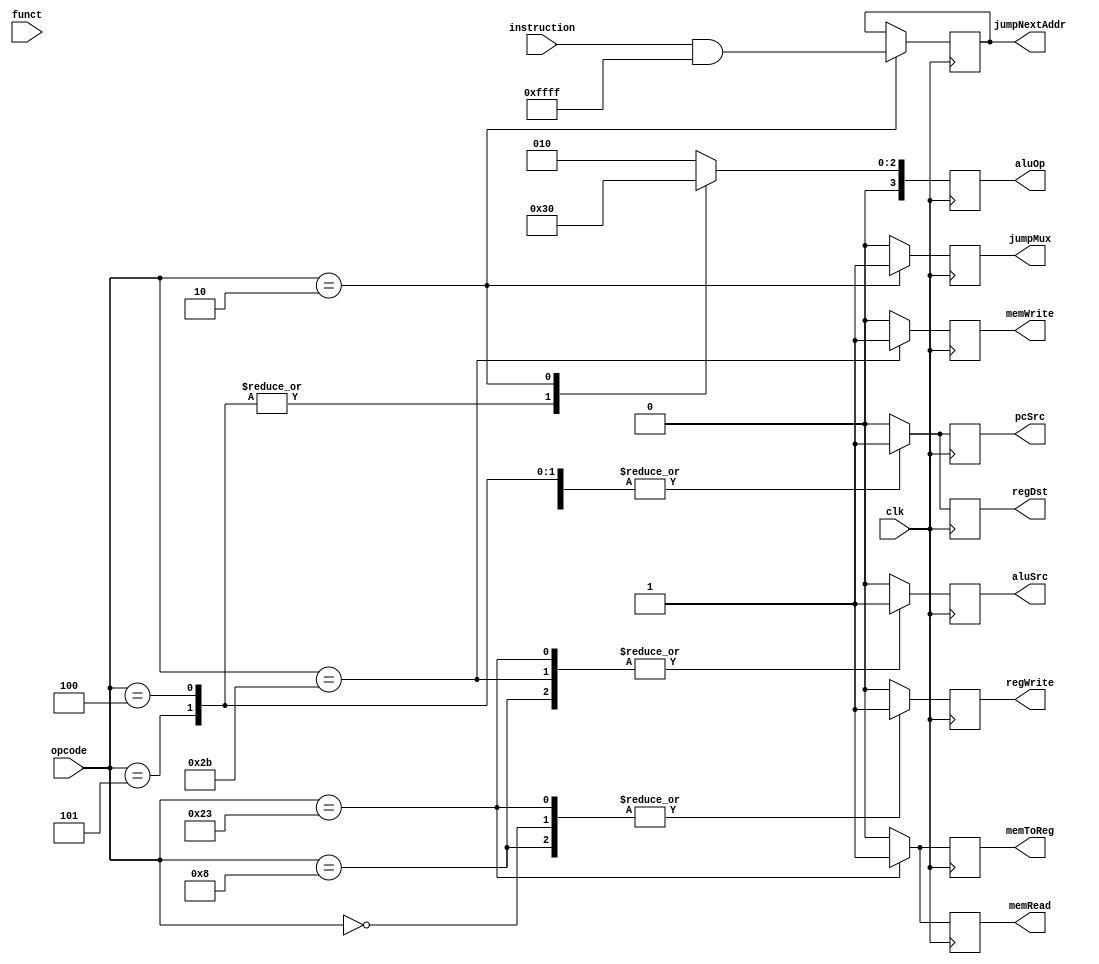


module controls(clk, opcode, funct, regDst, regWrite, aluSrc, pcSrc, memRead, memWrite, memToReg, aluOp, jumpNextAddr, jumpMux, instruction);
	input clk;
	input [5:0] opcode;
	input [5:0] funct;
	output reg regDst, regWrite, aluSrc, pcSrc, memRead, memWrite, memToReg;
	output reg [3:0] aluOp;
	output reg jumpMux;
	output reg [31:0] jumpNextAddr;
	input [31:0] instruction;

	// Opcodes
		// ADD  	0x00  	0x20 (Funct)    Ex: 0b[000000][ $rs ][ $rt ][ $rd ][00000][100000]
		// ADDI 	0x08  	 				Ex: 0b[001000][ $zero ] [ $dest ] [ signextimm ]
		// LW 		0x23  					Ex: 0b[100011][ $zero ] [ $dest ] [  offset  ]
		// SW 		0x2B  					Ex: 0b[101011][ $zero ] [ $src ] [ offset ]
		// BEQ 		0x04  					Ex: 0b[000100][$rs][$rt][ instrAddrOffset-1 ]
		// BNE 		0x05  					Ex: 0b[000101][$rs][$rt][ instrAddrOffset-1 ]
		// JMP 		0x02  					Ex: 0b[000010][ instrAddr  ]


	// Controls
		// Signal Name			Effect When Deasserted 			Effect When Assert

		// RegDst 				RgDst comes from rt field 		RgDst comes from rd field
		// RegWrite 			None 							writeData input written to Write register
		// ALUSrc 				2nd ALU src from RegData2 		2nd ALU src from SignExtend
		// PCSrc 				PC input from adder+4 			PC input from adder, branch target
		// MemRead 				None 							Data Read from Memory
		// MemWrite 			None							Data Written to Memory
		// MemToReg 			RegWriteData comes from ALU 	RegWriteData comes from Memory

	// ALU OP
		// OpCode 		ALUOp 		Funct Field  	ALU Action 			ALU Control Input
		
		// LW 			00 			XXXXXX			add 				0010
		// SW 			00 			XXXXXX			add 				0010
		// Br Eq 		01  		XXXXXX			subtract 			0110
		// R-Type 		10 			100000			add 				0010
		// R-Type 		10 			100010 			subtract 			0110
		// R-Type 		10 			100100 			AND 				0000
		// R-Type		10 			100101 			OR 					0001
		// R-Type 		10 			101010 			set on less than 	0111

	always @ (posedge clk) 
	begin
		#20
		case(opcode)
			6'h00 : // ADD
				begin
					regDst = 1'b1; // RgDst comes from rt field 		RgDst comes from rd field
					regWrite = 1'b1; // None 							writeData input written to Write register
					aluSrc = 1'b0; // 2nd ALU src from RegData2 		2nd ALU src from SignExtend
					pcSrc = 1'b1; // PC input from adder+4 			PC input from adder, branch target
					memRead = 1'b0; // None 							Data Read from Memory
					memWrite = 1'b0; // None							Data Written to Memory
					memToReg = 1'b0; // RegWriteData comes from ALU 	RegWriteData comes from Memory
					aluOp = 4'b0010; // 
					jumpMux = 1'b0;
					$display("CNTL: ADD: regDst: %h, regWrite: %h, aluSrc: %h, pcSrc: %h, memRead: %h, memWrite: %h, memToReg: %h, aluOp: %h", regDst, regWrite, aluSrc, pcSrc, memRead, memWrite, memToReg, aluOp);
				end
			6'h08 : // ADDI
				begin
					regDst = 1'b0; // RgDst comes from rt field 		RgDst comes from rd field
					regWrite = 1'b1; // None 							writeData input written to Write register
					aluSrc = 1'b1; // 2nd ALU src from RegData2 		2nd ALU src from SignExtend
					pcSrc = 1'b0; // PC input from adder+4 			PC input from adder, branch target
					memRead = 1'b0; // None 							Data Read from Memory
					memWrite = 1'b0; // None							Data Written to Memory
					memToReg = 1'b0; // RegWriteData comes from ALU 	RegWriteData comes from Memory
					aluOp = 4'b0010; // 
					jumpMux = 1'b0;
					$display("CNTL: ADDI: regDst: %h, regWrite: %h, aluSrc: %h, pcSrc: %h, memRead: %h, memWrite: %h, memToReg: %h, aluOp: %h", regDst, regWrite, aluSrc, pcSrc, memRead, memWrite, memToReg, aluOp);
				end

			6'h23 : // LW
				begin
					regDst = 1'b0; // RgDst comes from rt field 		RgDst comes from rd field
					regWrite = 1'b1; // None 							writeData input written to Write register
					aluSrc = 1'b1; // 2nd ALU src from RegData2 		2nd ALU src from SignExtend
					pcSrc = 1'b0; // PC input from adder+4 			PC input from adder, branch target
					memRead = 1'b1; // None 							Data Read from Memory
					memWrite = 1'b0; // None							Data Written to Memory
					memToReg = 1'b1; // RegWriteData comes from ALU 	RegWriteData comes from Memory
					aluOp = 4'b0010; // 
					jumpMux = 1'b0;
					$display("CNTL: LW: regDst: %h, regWrite: %h, aluSrc: %h, pcSrc: %h, memRead: %h, memWrite: %h, memToReg: %h, aluOp: %h", regDst, regWrite, aluSrc, pcSrc, memRead, memWrite, memToReg, aluOp);
				end

			6'h2B : // SW
				begin
					regDst = 1'b0; // RgDst comes from rt field 		RgDst comes from rd field
					regWrite = 1'b0; // None 							writeData input written to Write register
					aluSrc = 1'b1; // 2nd ALU src from RegData2 		2nd ALU src from SignExtend
					pcSrc = 1'b0; // PC input from adder+4 			PC input from adder, branch target
					memRead = 1'b0; // None 							Data Read from Memory
					memWrite = 1'b1; // None							Data Written to Memory
					memToReg = 1'b0; // RegWriteData comes from ALU 	RegWriteData comes from Memory
					aluOp = 4'b0010; // 
					jumpMux = 1'b0;
					$display("CNTL: SW: regDst: %h, regWrite: %h, aluSrc: %h, pcSrc: %h, memRead: %h, memWrite: %h, memToReg: %h, aluOp: %h", regDst, regWrite, aluSrc, pcSrc, memRead, memWrite, memToReg, aluOp);
				end

			6'h04 : // BEQ
				begin
					regDst = 1'b1; // RgDst comes from rt field 		RgDst comes from rd field
					regWrite = 1'b0; // None 							writeData input written to Write register
					aluSrc = 1'b0; // 2nd ALU src from RegData2 		2nd ALU src from SignExtend
					pcSrc = 1'b1; // PC input from adder+4 			PC input from adder, branch target
					memRead = 1'b0; // None 							Data Read from Memory
					memWrite = 1'b0; // None							Data Written to Memory
					memToReg = 1'b0; // RegWriteData comes from ALU 	RegWriteData comes from Memory
					aluOp = 4'b0110; // 
					jumpMux = 1'b0;
					$display("CNTL: BEQ: regDst: %h, regWrite: %h, aluSrc: %h, pcSrc: %h, memRead: %h, memWrite: %h, memToReg: %h, aluOp: %h", regDst, regWrite, aluSrc, pcSrc, memRead, memWrite, memToReg, aluOp);
				end

			6'h05 : // BNE
				begin
					regDst = 1'b1; // RgDst comes from rt field 		RgDst comes from rd field
					regWrite = 1'b0; // None 							writeData input written to Write register
					aluSrc = 1'b0; // 2nd ALU src from RegData2 		2nd ALU src from SignExtend
					pcSrc = 1'b1; // PC input from adder+4 			PC input from adder, branch target
					memRead = 1'b0; // None 							Data Read from Memory
					memWrite = 1'b0; // None							Data Written to Memory
					memToReg = 1'b0; // RegWriteData comes from ALU 	RegWriteData comes from Memory
					aluOp = 4'b0110; // 
					jumpMux = 1'b0;
					$display("CNTL: BNE: regDst: %h, regWrite: %h, aluSrc: %h, pcSrc: %h, memRead: %h, memWrite: %h, memToReg: %h, aluOp: %h", regDst, regWrite, aluSrc, pcSrc, memRead, memWrite, memToReg, aluOp);
				end

			6'h02 : // JMP
				begin
					regDst = 1'b0; // RgDst comes from rt field 		RgDst comes from rd field
					regWrite = 1'b0; // None 							writeData input written to Write register
					aluSrc = 1'b0; // 2nd ALU src from RegData2 		2nd ALU src from SignExtend
					pcSrc = 1'b0; // PC input from adder+4 			PC input from adder, branch target
					memRead = 1'b0; // None 							Data Read from Memory
					memWrite = 1'b0; // None							Data Written to Memory
					memToReg = 1'b0; // RegWriteData comes from ALU 	RegWriteData comes from Memory
					aluOp = 4'b0000; //
					jumpMux = 1'b1;
					jumpNextAddr = (instruction & 32'h0000FFFF);
					$display("CNTL: JMP: regDst: %h, regWrite: %h, aluSrc: %h, pcSrc: %h, memRead: %h, memWrite: %h, memToReg: %h, aluOp: %h, jumpMux: %h", regDst, regWrite, aluSrc, pcSrc, memRead, memWrite, memToReg, aluOp, jumpMux);
				end

			default : 
				begin
					regDst = 1'b0; // RgDst comes from rt field 		RgDst comes from rd field
					regWrite = 1'b0; // None 							writeData input written to Write register
					aluSrc = 1'b0; // 2nd ALU src from RegData2 		2nd ALU src from SignExtend
					pcSrc = 1'b0; // PC input from adder+4 			PC input from adder, branch target
					memRead = 1'b0; // None 							Data Read from Memory
					memWrite = 1'b0; // None							Data Written to Memory
					memToReg = 1'b0; // RegWriteData comes from ALU 	RegWriteData comes from Memory
					aluOp = 4'b0010; // 
					jumpMux = 1'b0;
					$display("CNTL: Unknown Instruction: %h", opcode);
				end
		endcase
	end

endmodule

/*
module controls_tb();

	reg clk_tb;
	reg [5:0] opcode_tb;
	reg [5:0] funct_tb;
	wire regDst_tb, regWrite_tb, aluSrc_tb, pcSrc_tb, memRead_tb, memWrite_tb, memToReg_tb;
	wire [3:0] aluOp_tb;

	initial 
	begin
		$display("Controls Testbench");
		clk_tb = 0;
		opcode_tb = 6'h00;
		funct_tb = 6'h00;
		
		#1
		clk_tb = 1;

		#100
		$display("Add Instruction: regDst %h, regWrite %h, aluSrc %h", regDst_tb, regWrite_tb, aluSrc_tb);
		$display("Add Instruction: pcSrc %h, memRead %h, memWrite %h", pcSrc_tb, memRead_tb, memWrite_tb);
		$display("Add Instruction: memToReg %h, aluOp %h", memToReg_tb, aluOp_tb);

		
		$finish;
	end

	controls controls_t(clk_tb, opcode_tb, funct_tb, regDst_tb, regWrite_tb, aluSrc_tb, pcSrc_tb, memRead_tb, memWrite_tb, memToReg_tb, aluOp_tb);

endmodule
*/